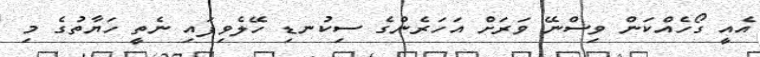
އެއީ ގޯހެއްކަން ވިސްނޭ ވަރަށް އަހަރެންގެ ސިކުނޑި ހޭލެވިފައި ނެތީ ހަޔާތުގެ މި